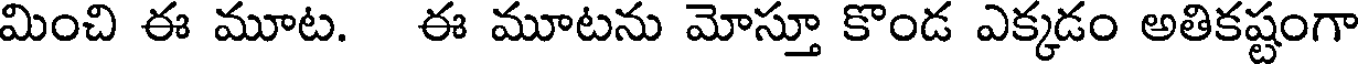
మించి ఈ మూట. ఈ మూటను మోస్తూ కొండ ఎక్కడం అతికష్టంగా